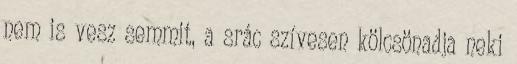
nem is vesz semmit, a srác szívesen kölcsönadja neki